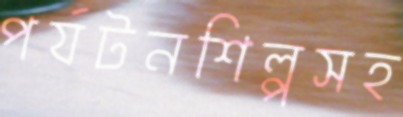
পর্যটনশিল্পসহ